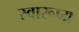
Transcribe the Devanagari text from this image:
स्वारूप्य